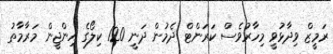
ރަމީޒް ވިދާޅުވީ މިހާރުވެސް ކަރަންޓް ދެމުން ދަނީ 120 ކިލޯގެ އިންޖީން މަރާމާތު